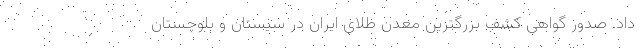
داد. صدور گواهی کشف بزرگترین معدن طلای ایران در سیستان و بلوچستان